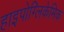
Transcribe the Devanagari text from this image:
हाइपोग्लिकेमिक